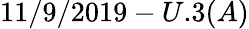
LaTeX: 11/9/2019-U.3(A)